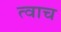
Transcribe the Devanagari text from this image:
त्वाच